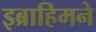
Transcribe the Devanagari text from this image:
इब्राहिमने